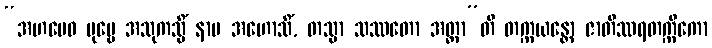
“အဟမေဝ ပုဗ္ဗေ အသုကသ္မိံ နာမ အဟောသိံ, တသ္မာ သဿတော အတ္တာ”တိ တက္ကယန္တော ဇာတိဿရတက္ကိကော